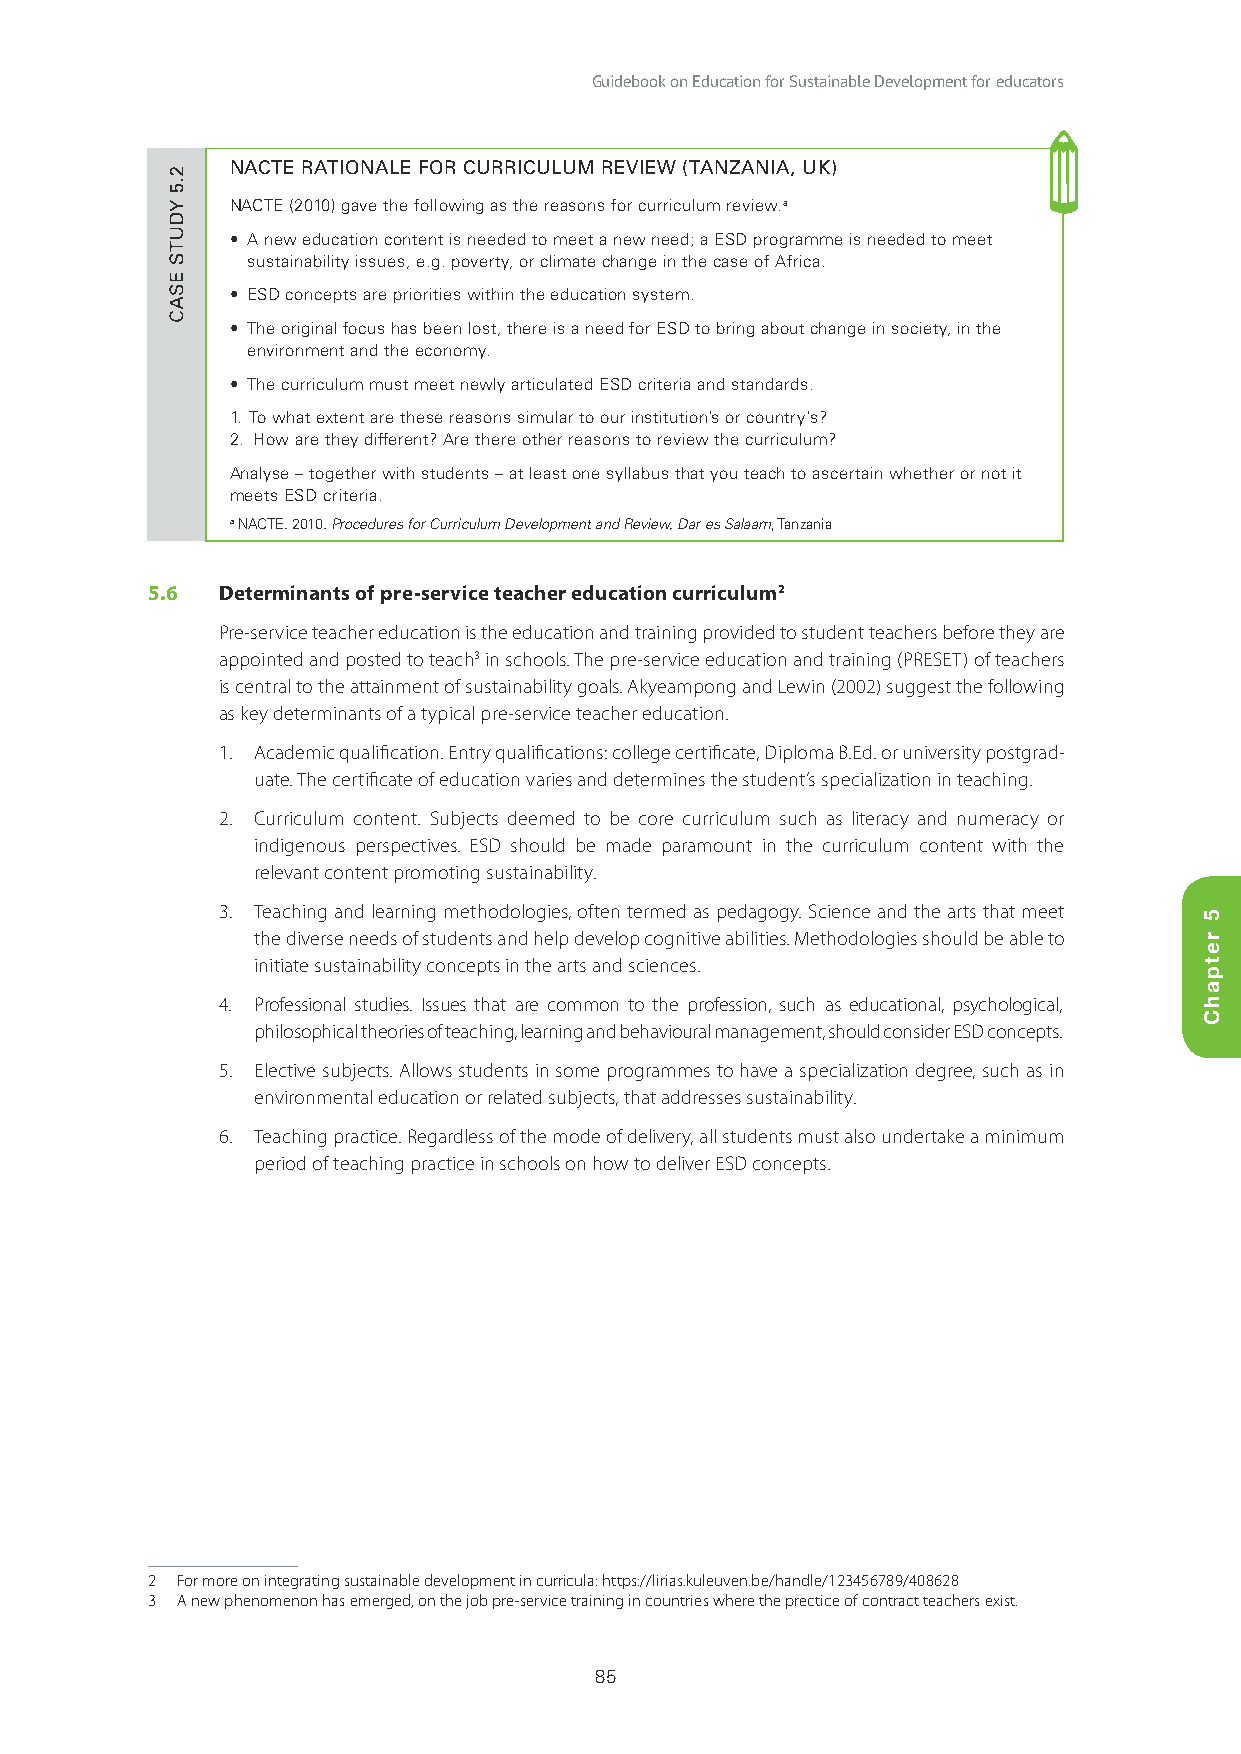
Guidebook on Education for Sustainable Development for educators
 NACTE RATIONALE FOR CURRICULUM REVIEW (TANZANIA, UK)
 NACTE (2010) gave the following as the reasons for curriculum review.a
 • A new education content is needed to meet a new need; a ESD programme is needed to meet
 sustainability issues, e.g. poverty, or climate change in the case of Africa.
 • ESD concepts are priorities within the education system.
 • The original focus has been lost, there is a need for ESD to bring about change in society, in the
 environment and the economy.
 • The curriculum must meet newly articulated ESD criteria and standards.
 1. To what extent are these reasons simular to our institution’s or country’s?
 2. How are they different? Are there other reasons to review the curriculum?
 Analyse – together with students – at least one syllabus that you teach to ascertain whether or not it
 meets ESD criteria.
 a NACTE. 2010. Procedures for Curriculum Development and Review, Dar es Salaam, Tanzania
 5.6 Determinants of pre-service teacher education curriculum2
 Pre-service teacher education is the education and training provided to student teachers before they are
 appointed and posted to teach3 in schools. The pre-service education and training (PRESET) of teachers
 is central to the attainment of sustainability goals. Akyeampong and Lewin (2002) suggest the following
 as key determinants of a typical pre-service teacher education.
 1. Academic qualification. Entry qualifications: college certificate, Diploma B.Ed. or university postgrad-
 uate. The certificate of education varies and determines the student’s specialization in teaching.
 2. Curriculum content. Subjects deemed to be core curriculum such as literacy and numeracy or
 indigenous perspectives. ESD should be made paramount in the curriculum content with the
 relevant content promoting sustainability.
 3. Teaching and learning methodologies, often termed as pedagogy. Science and the arts that meet
 the diverse needs of students and help develop cognitive abilities. Methodologies should be able to
 initiate sustainability concepts in the arts and sciences.
 4. Professional studies. Issues that are common to the profession, such as educational, psychological,
 philosophical theories of teaching, learning and behavioural management, should consider ESD concepts.
 5. Elective subjects. Allows students in some programmes to have a specialization degree, such as in
 environmental education or related subjects, that addresses sustainability.
 6. Teaching practice. Regardless of the mode of delivery, all students must also undertake a minimum
 period of teaching practice in schools on how to deliver ESD concepts.
 2 For more on integrating sustainable development in curricula: https://lirias.kuleuven.be/handle/123456789/408628
 3 A new phenomenon has emerged, on the job pre-service training in countries where the prectice of contract teachers exist.
 85
 2.5
 YDUTS
 ESAC
 5
 retpahC